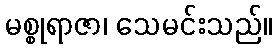
မစ္စုရာဇာ၊ သေမင်းသည်။